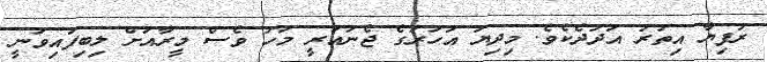
ރުފިޔާ އިތުރު އަދަދެކެވެ. މިދިޔަ އަހަރުގެ ޖެނުއަރީ މަހު ވެސް މީރާއަށް ލިބިފައިވަނީ